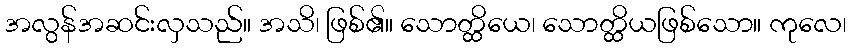
အလွန်အဆင်းလှသည်။ အသိ၊ ဖြစ်၏။ သောတ္ထိယေ၊ သောတ္ထိယဖြစ်သော။ ကုလေ၊